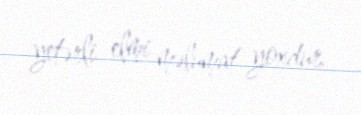
yetərli elmi məlumat yoxdur.